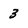
Character: 3